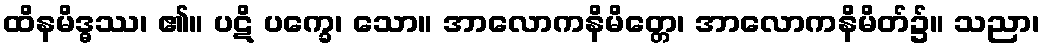
ထိနမိဒ္ဓဿ၊ ၏။ ပဋိ ပက္ခေ၊ သော။ အာလောကနိမိတ္တေ၊ အာလောကနိမိတ်၌။ သညာ၊